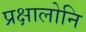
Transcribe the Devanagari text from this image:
प्रक्षालोनि